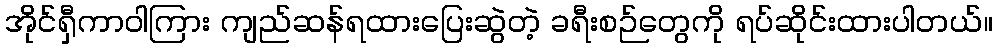
အိုင်ရှီကာဝါကြား ကျည်ဆန်ရထားပြေးဆွဲတဲ့ ခရီးစဉ်တွေကို ရပ်ဆိုင်းထားပါတယ်။